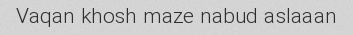
Vaqan khosh maze nabud aslaaan